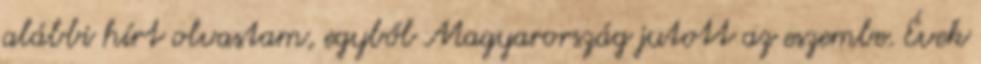
alábbi hírt olvastam, egyből Magyarország jutott az eszembe. Évek